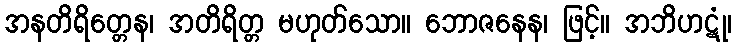
အနတိရိတ္တေန၊ အတိရိတ္တ မဟုတ်သော။ ဘောဇနေန၊ ဖြင့်။ အဘိဟဋုံ၊